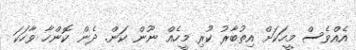
އެއްވެސް މީހަކަށް އިތުބާރު ކުރި މީހެއް ނޫން ކަން. ދެން ކޮންހާ ވާހަކަ